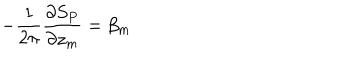
- \frac { 1 } { 2 \pi } \frac { \partial S _ { P } } { \partial z _ { m } } = \beta _ { m }